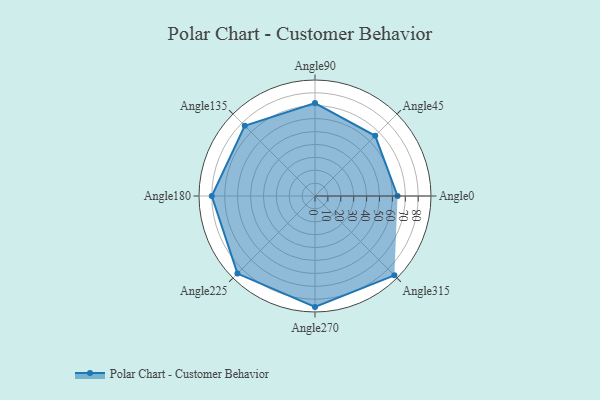
{"axis": {"x": "Angle", "y": "Radius"}, "legend": [""], "data": [{"x": "Angle0", "y": 64.0, "type": ""}, {"x": "Angle45", "y": 66.0, "type": ""}, {"x": "Angle90", "y": 72.0, "type": ""}, {"x": "Angle135", "y": 77.0, "type": ""}, {"x": "Angle180", "y": 80.0, "type": ""}, {"x": "Angle225", "y": 85.0, "type": ""}, {"x": "Angle270", "y": 86.0, "type": ""}, {"x": "Angle315", "y": 87.0, "type": ""}]}